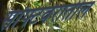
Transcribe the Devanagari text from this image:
सॉफ्टवेरातील